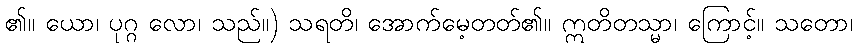
၏။ ယော၊ ပုဂ္ဂ လော၊ သည်။) သရတိ၊ အောက်မေ့တတ်၏။ ဣတိတသ္မာ၊ ကြောင့်။ သတော၊